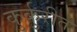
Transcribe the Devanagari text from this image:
कुर्कुरीत